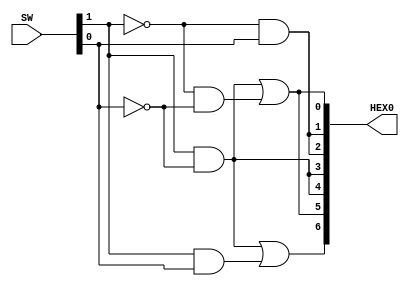
module part4 (SW, HEX0);
    input [1:0] SW;
    output reg [6:0] HEX0;

    assign HEX0[0] = (~SW[1]&~SW[0]) | (SW[1]&~SW[0]);
    assign HEX0[1] = (~SW[1]&SW[0]);
    assign HEX0[2] = (~SW[1]&SW[0]);
    assign HEX0[3] = (SW[1]&~SW[0]);
    assign HEX0[4] = (SW[1]&~SW[0]);
    assign HEX0[5] = (SW[1]&~SW[0]) | (~SW[1]&~SW[0]);
    assign HEX0[6] = (SW[1]&~SW[0]) | (SW[1]&SW[0]);
endmodule